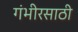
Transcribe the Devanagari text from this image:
गंभीरसाठी